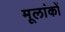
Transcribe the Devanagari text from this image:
मूलांकों